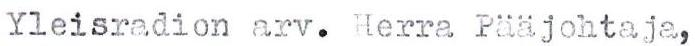
Yleisradion arv. Herra Pääjohtaja,